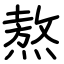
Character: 熬